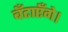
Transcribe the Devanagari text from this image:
बँटाएँगे।